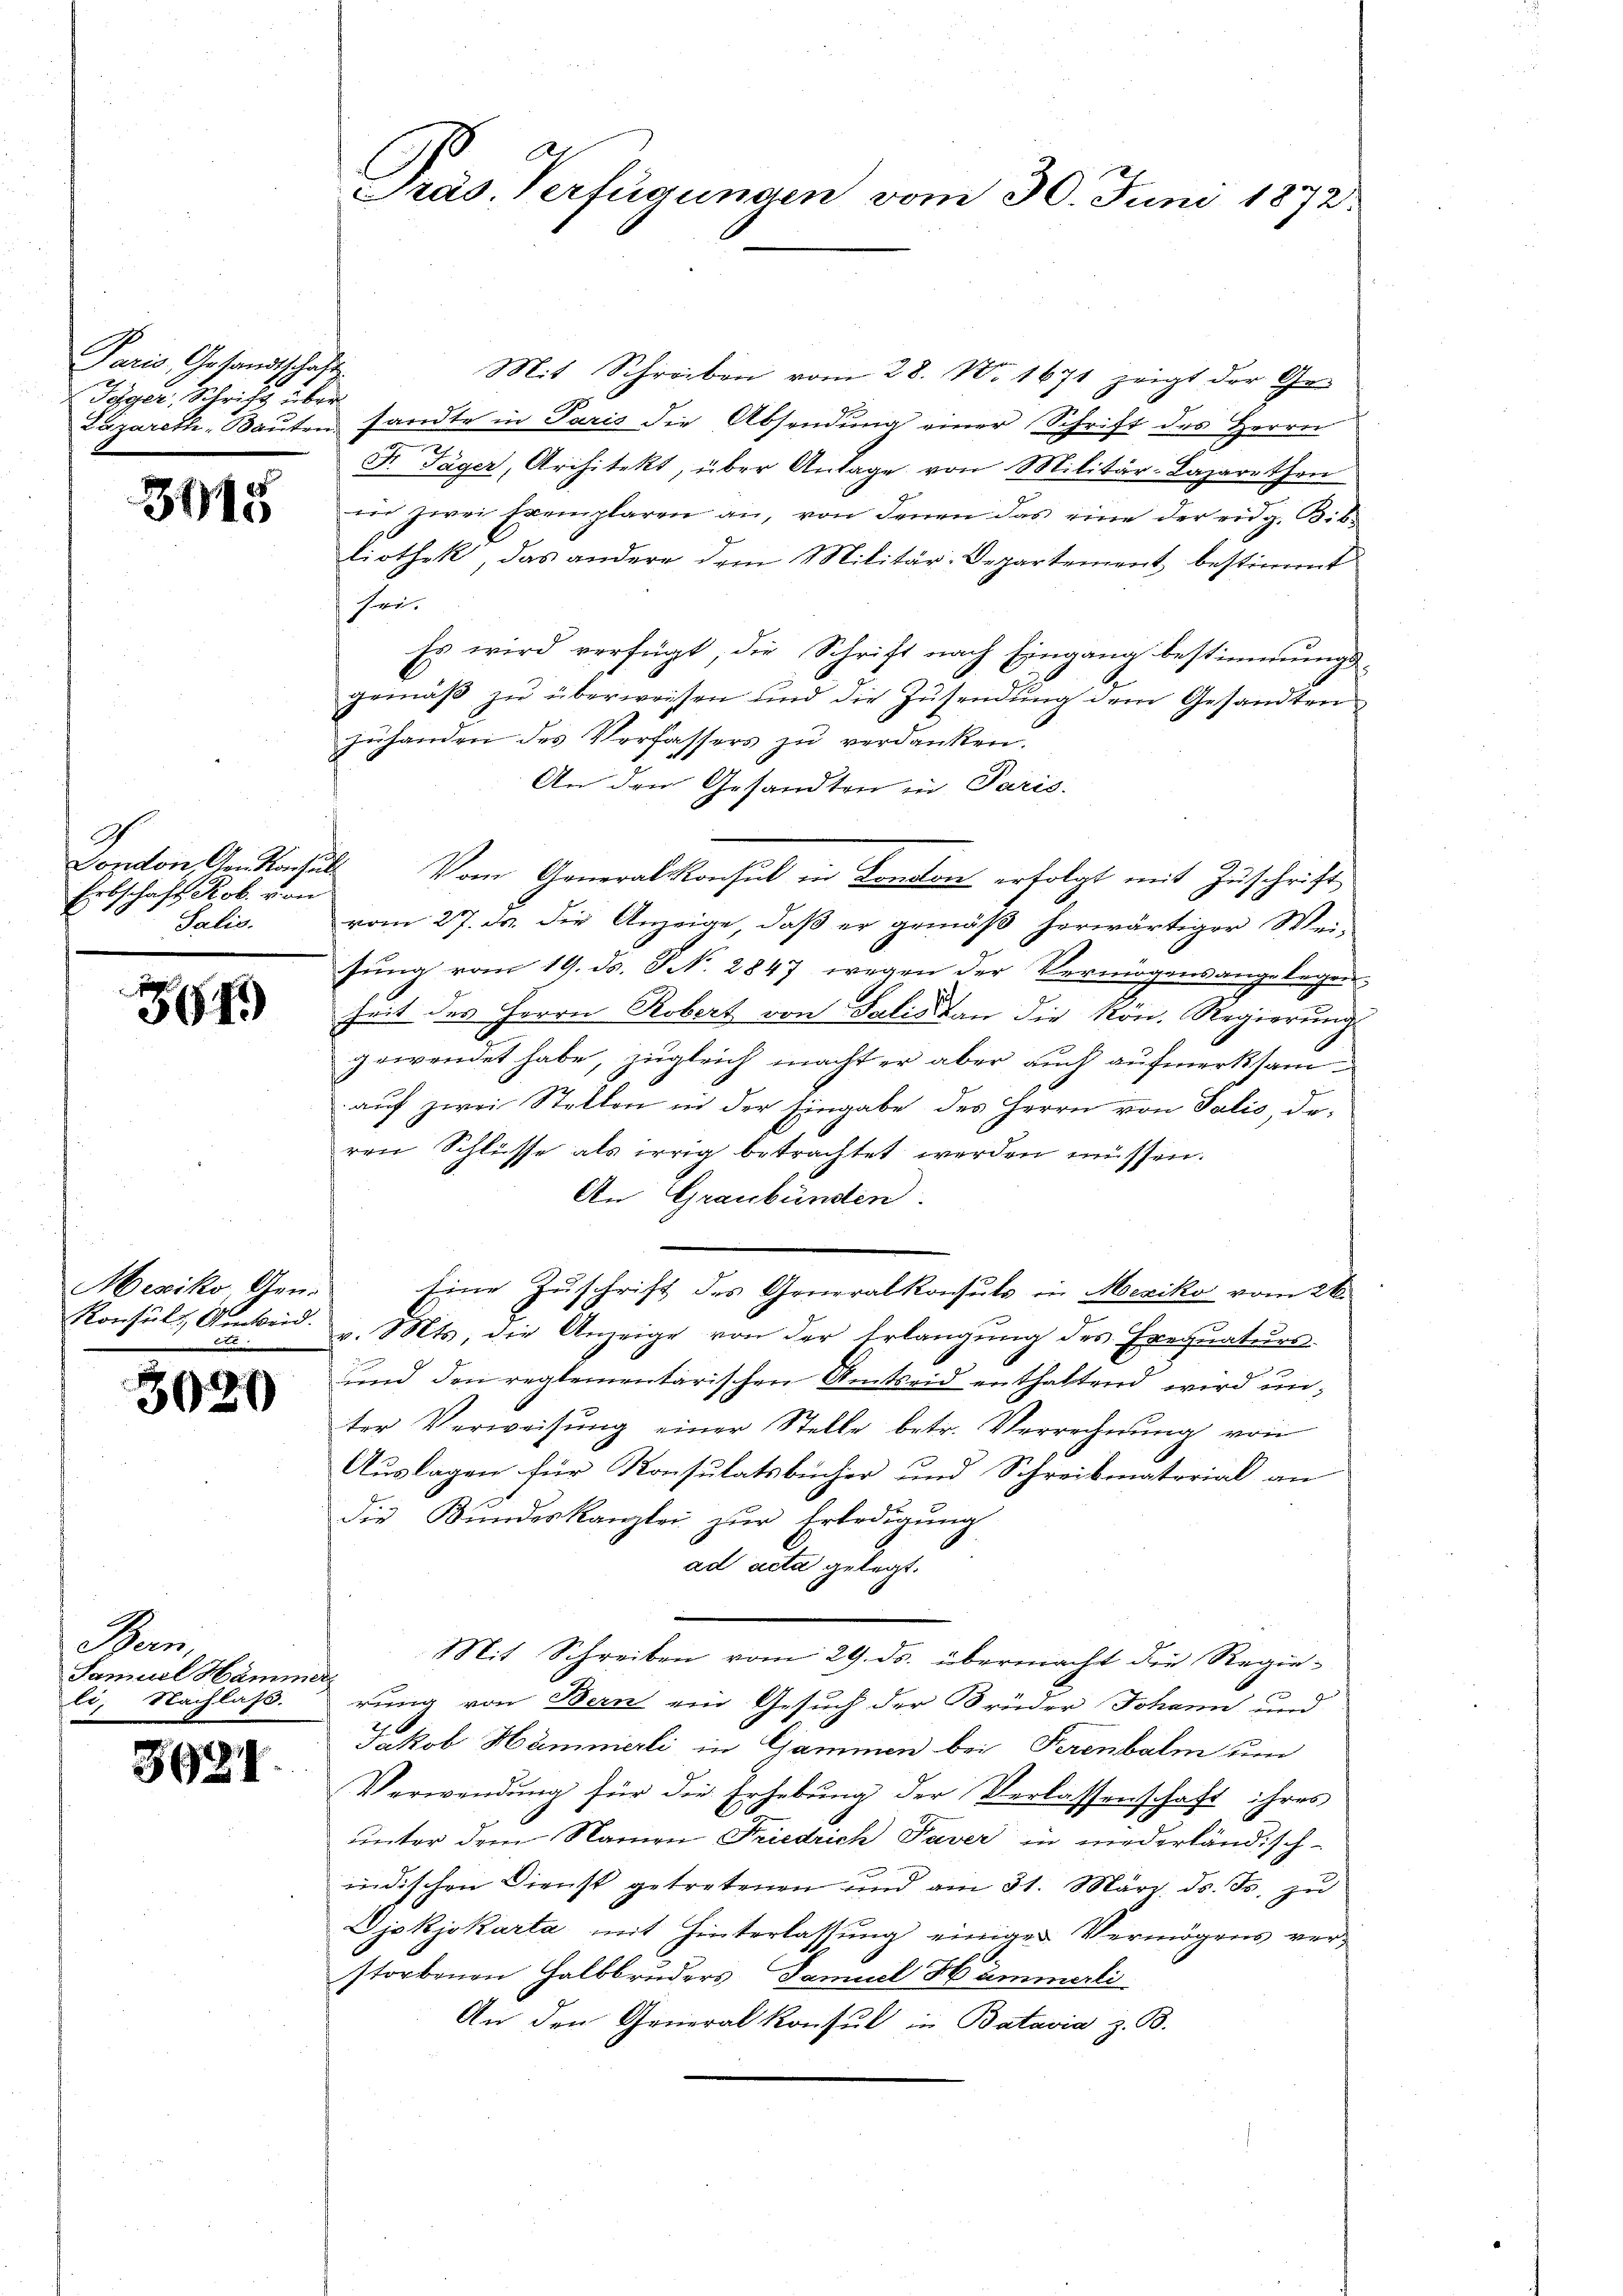
Paris, Gesandtschaft
Täger, Schrift über

3915

Pondon, den Konsuls
Erbschaft Rob. von
Salis.

34)

Mesiko, Gen.
Konsuls Anweid.

5020

Bern,
Samuel Hammer
li, Nachlass.

3694.

Mit Schreiben vom 28. No. 1671 zeigt der Ge-
Lazareth-Baŭten sandte in Paris die Absendŭng einer Schrift des Herrn
Fr. Täger, Architekt, über Anlage von Militär-Lazarethen
in zwei Exemplaren an, von denen das eine der eidg. Bit
liothek, das andere dem Militär-Departement bestimmt
Her.
Es wird verfügt, die Schrift nach Eingang bestimmungsgemäß zu überweisen und die Zusendung dem Gesandten
zŭhanden des Verfassers zu verdanken.
An dem Gesandten in Paris.
Vom Generalkonsul in Landten erfolgt mit Zuschrift
vom 27. ds. die Anzeige, daß er gemäß herwärtiger Meifung vom 19. ds. S. N. 2847 wegen der Vermögensangelegen-
heit des Herrn Robert von Salis dan die Rön. Regierung
gewendet habe, zugleich macht er aber auch aufmerksamauf zwei Stellen in der Eingabe des Herrn von Talić, deren Schlüsse als irrig betrachtet werden müssen.
An Graubünden.
Eine Zuschrift des Generalkonsuls in Mexiko vom 26.
v. Mts. die Anzeige von der Erlangŭng des Exequaturs-
und den reglementarischen Amtseid enthaltend wird unter Verweisŭng einer Stelle betr. Verrechnŭng von
Auslagen für Konsulatsbücher und Schreibmaterial an
die Bŭndeskanzlei zŭr Erledigŭng
ad acta gelegt.
Mit Schreiben vom 29. ds. übermacht die Regierung von Bern ein Gesuch der Brüder Johann und
Jakob Hämmerli in Cammen bei Serenbalm um
Verwendung für die Erhebung der Verlassenschaft ihres
unter dem Namen Friedrich Taver in niederländisch-
indischen Dienst getretenen und am 31. März d. Js. zu
Vjokjokarta mit Hinterlattung einiger Vermögens ver-
storbenen Halbbruders Samuel Hammerli
An den General Konsul in Batavia z. B.

Präs. Verfügungen vom 30. Juni 1872.